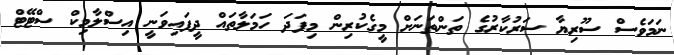
ނަމަވެސް ސޫރިޔާ ސަރުކާރުގެ ތަންތަނަށް މީގެކުރިން މިފަދަ ހަމަލާތައް ދީފައިވަނީ އިސްލާމިކް ސްޓޭޓް